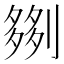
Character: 𫦗